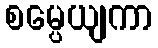
စမ္ပေယျကာ